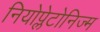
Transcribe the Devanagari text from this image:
नियोप्लेटोनिज्म